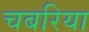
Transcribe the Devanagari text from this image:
चबरिया